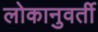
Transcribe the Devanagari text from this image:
लोकानुवर्ती